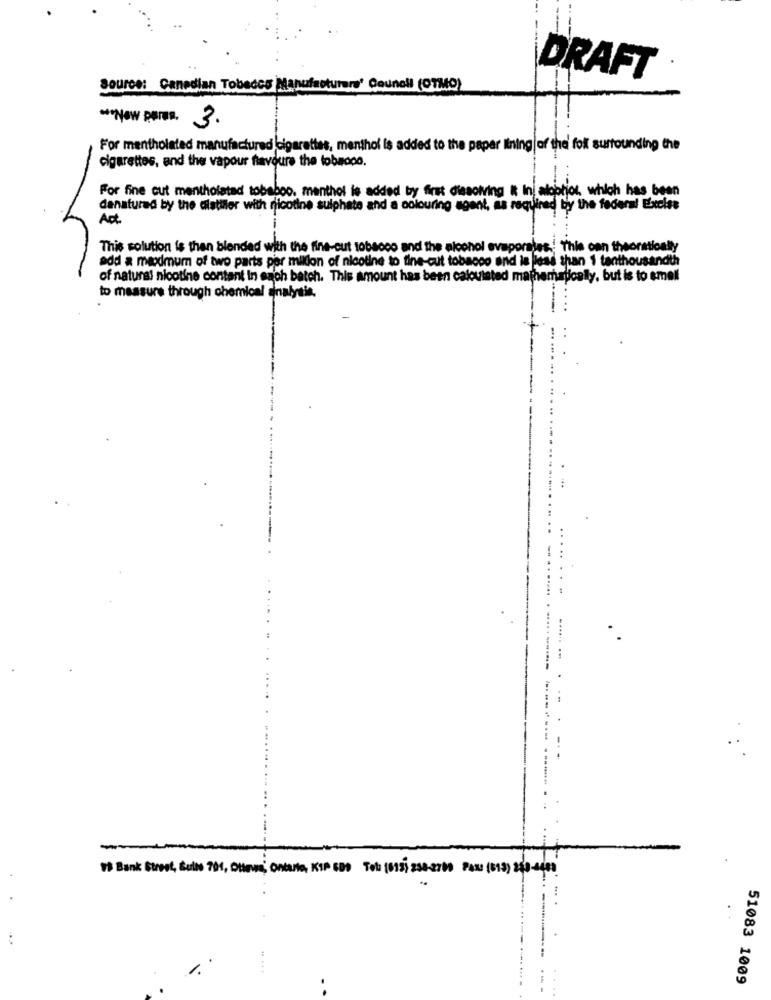
DRAFT
Source: Canadian Tobacco Manufacturers' Council (OTMO)
** Now paras. 3.
For mentholated manufactured cigarettes, menthol is added to the paper lining of the fol surrounding the
cigarettes, and the vapour favoure the lobadoo.
For fine cut mentholated tobaboo. menthol is added by first dissolving it Ini alobtior, which has been
denatured by the alstiller with nicotine sulphate and a colouring agent, as required by the federal Ebicise
Apt
This solution is then blended with the fine-cut tobacco and the alcohol evaporates. This can theoretically
add a meodmum of two parts per million of nicotine to fine-cut tobacco and is less than 1 tenthousandth
of natural nicotine contant in sach batch. This amount has been calculated mathematically, but is to smell
to measure through chemical analysis.
-
19 Bank Street, Bulls 701, Ottawa, ontario, KIP EDS Tola [613) 238-2790 FAX: (613) 253-4483
1.
......
51083 1009